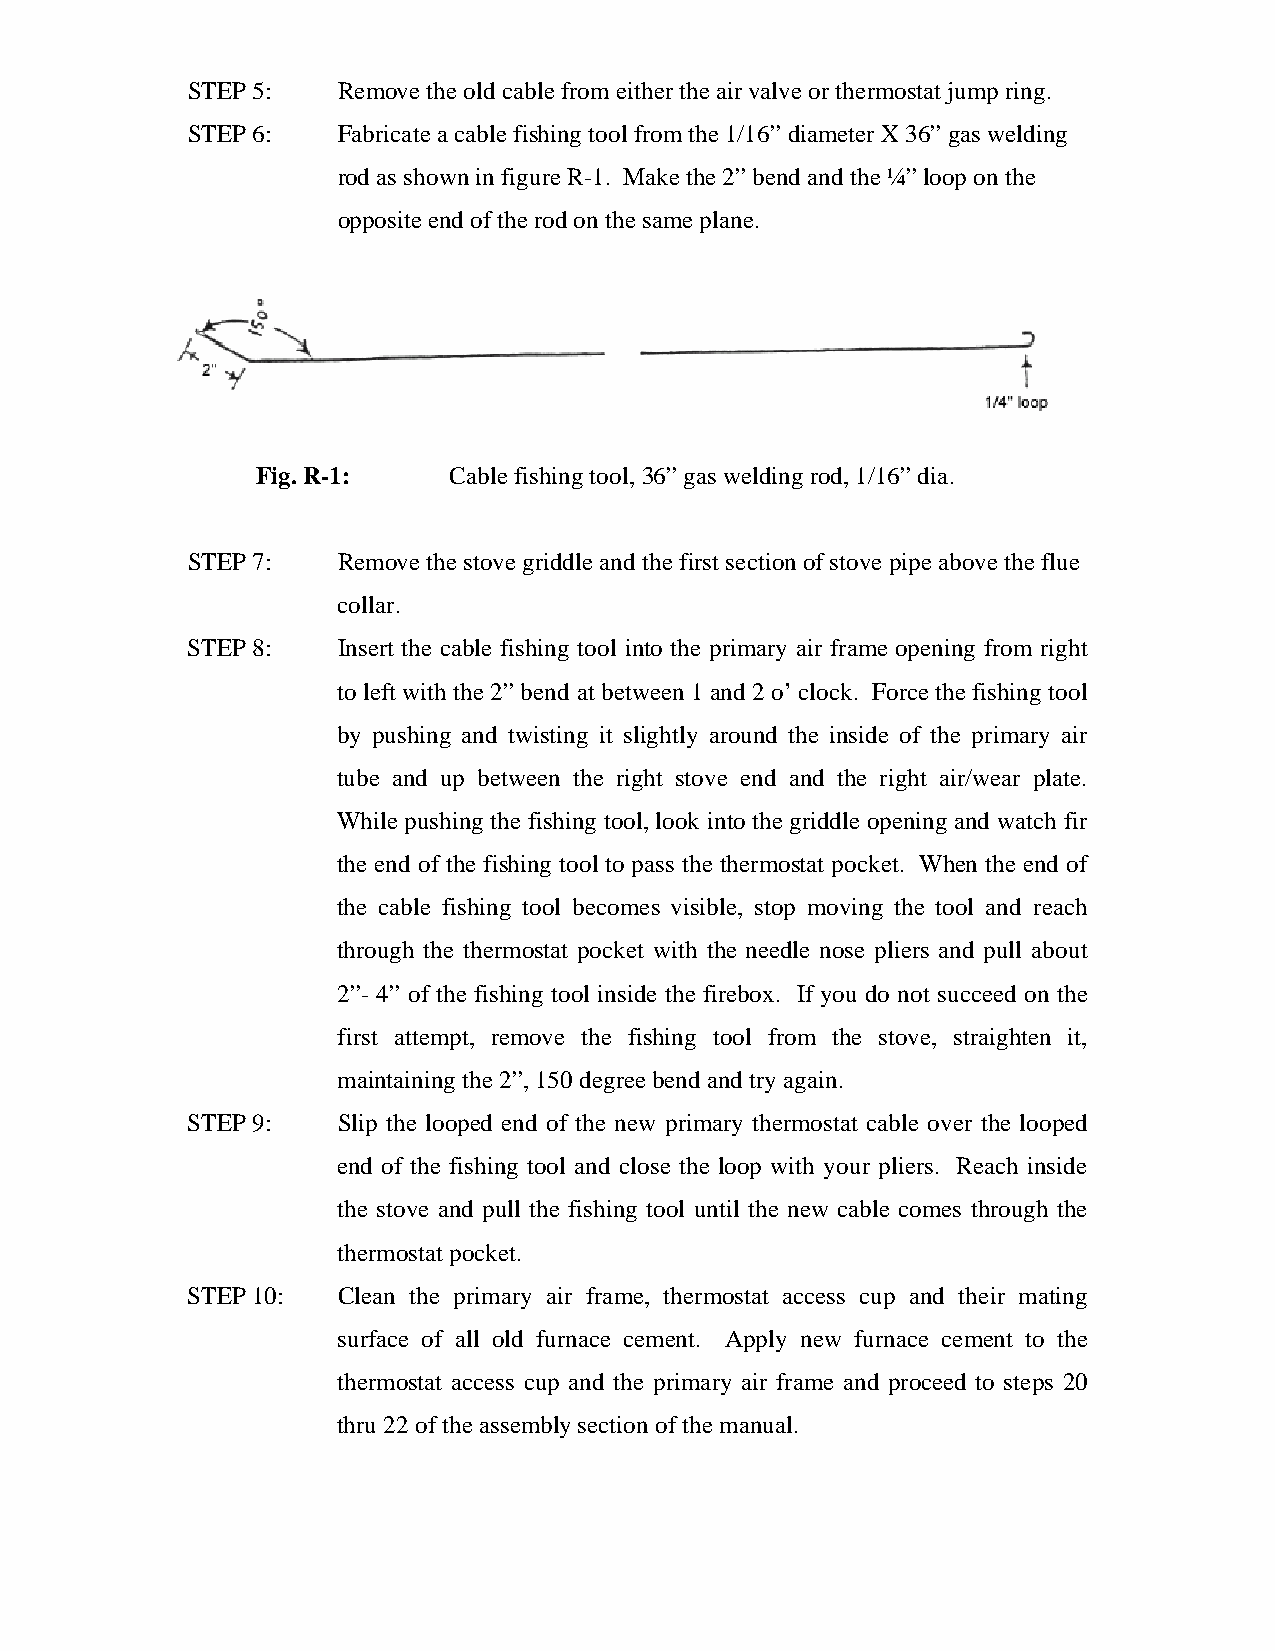
STEP 5:   Remove the old cable from either the air valve or thermostat jump ring.
 STEP 6:   Fabricate a cable fishing tool from the 1/16” diameter X 36” gas welding
 rod as shown in figure R-1. Make the 2” bend and the ¼” loop on the
 opposite end of the rod on the same plane.
 Fig. R-1:    Cable fishing tool, 36” gas welding rod, 1/16” dia.
 STEP 7:   Remove the stove griddle and the first section of stove pipe above the flue
 collar.
 STEP 8:   Insert the cable fishing tool into the primary air frame opening from right
 to left with the 2” bend at between 1 and 2 o’ clock. Force the fishing tool
 by pushing and twisting it slightly around the inside of the primary air
 tube and up between the right stove end and the right air/wear plate.
 While pushing the fishing tool, look into the griddle opening and watch fir
 the end of the fishing tool to pass the thermostat pocket. When the end of
 the cable fishing tool becomes visible, stop moving the tool and reach
 through the thermostat pocket with the needle nose pliers and pull about
 2”- 4” of the fishing tool inside the firebox. If you do not succeed on the
 first attempt, remove the fishing tool from the stove, straighten it,
 maintaining the 2”, 150 degree bend and try again.
 STEP 9:   Slip the looped end of the new primary thermostat cable over the looped
 end of the fishing tool and close the loop with your pliers. Reach inside
 the stove and pull the fishing tool until the new cable comes through the
 thermostat pocket.
 STEP 10:  Clean the primary air frame, thermostat access cup and their mating
 surface of all old furnace cement. Apply new furnace cement to the
 thermostat access cup and the primary air frame and proceed to steps 20
 thru 22 of the assembly section of the manual.